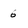
Character: 6